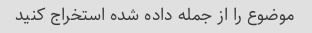
موضوع را از جمله داده شده استخراج کنید